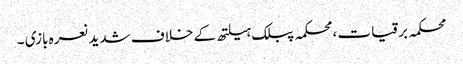
محکمہ برقیات ،محکمہ پبلک ہیلتھ کے خلاف شدید نعرہ بازی ۔